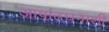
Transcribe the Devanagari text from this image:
आषाढघनाशी